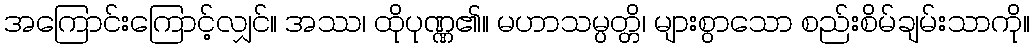
အကြောင်းကြောင့်လျှင်။ အဿ၊ ထိုပုဏ္ဏ၏။ မဟာသမ္ပတ္တိ၊ များစွာသော စည်းစိမ်ချမ်းသာကို။